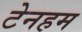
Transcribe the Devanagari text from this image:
टेनहम